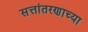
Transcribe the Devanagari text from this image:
सत्तांतरणाच्या